King Institute of Preventive Medicine Micro-Biological Section reports 1909-11
Year: 1909
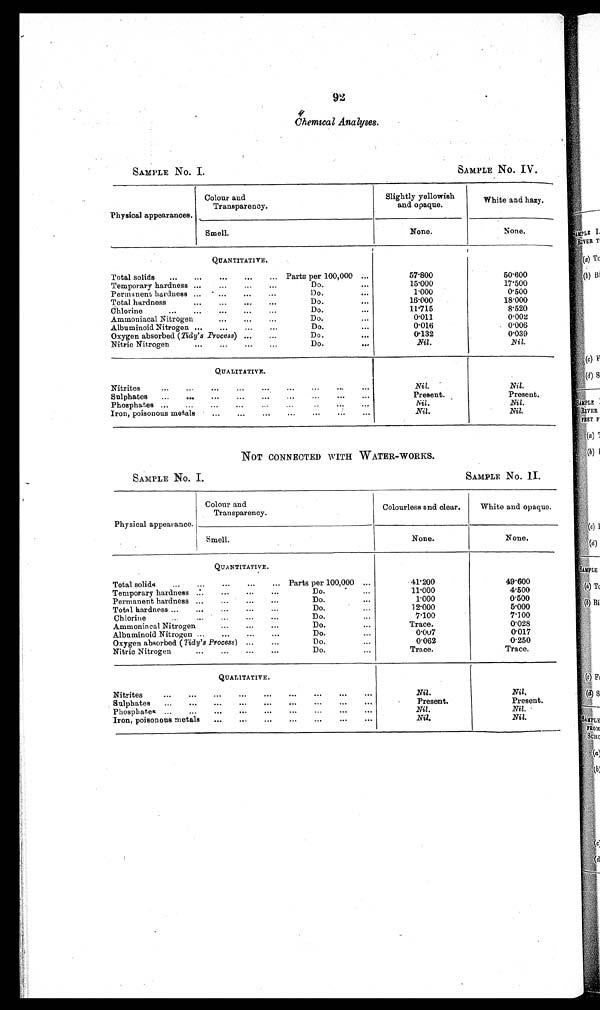
SAMPLE No. I.
SAMPLE No. IV.
SAMPLE No. I.
SAMPLE No. II.
92
Chemical Analyses.
Physical appearances.
Colour and
Transparency.
Slightly yellowish
and opaque.
White and hazy.
None.
None.
Smell.
QUANTITATIVE.
Total solids
...
...
...
...
... Parts per 100,000 ...
57.800
50.600
Temporary hardness ...
...
...
...
Do.
...
15.000
17.500
Permanent hardness ... . ... ... ...
Do.
...
1.000
0.500
Total hardness
...
...
..
...
Do.
16.000
18.000
Chlorine
...
...
...
...
...
Do.
...
11.715
8.520
Ammoniacal Nitrogen
...
...
...
Do.
...
0.011
0.002
Albuminoid Nitrogen ...
...
...
...
Do.
...
0.016
0.006
Oxygen absorbed ( Tidy's Process) ...
...
Do.
...
0.132
0.039
Nitric Nitrogen.
...
...
...
Do.
...
Nil.
Nil.
QUALITATIVE.
Nitrites
...
...
...
...
...
...
...
...
Nil.
Nil.
Sulphates
...
...
...
...
...
...
...
...
...
Present.
Present.
Phosphates ...
...
...
...
...
...
..
...
...
Nil.
Nil.
Iron, poisonous metals ...
...
...
...
...
...
...
Nil.
Nil.
NOT CONNECTED WITH WATER-WORKS.
Physical appearance.
Colour and
Transparency.
Colourless and clear.
White and opaque.
Smell.
None.
None.
QUANTITATIVE.
Total solids
...
...
...
...
... Parts per 100,000 ...
41.200
49.600
Temporary hardness ...
...
...
...
Do.
...
11.000
4.500
Permanent hardness ...
...
...
...
Do.
...
1.000
0.500
Total hardness ...
...
...
...
...
Do.
12.000
5.000
Chlorine
... ... ... ... ...
Do....
7.100
7.100
Ammoniacal Nitrogen
...
...
...
Do.
...
Trace.
0.028
Albaminoid Nitrogen ...
...
...
...
Do.
...
0.007
0.017
Oxygen absorbed ( Tidy's Process ) ...
...
Do.
0.062
0.250
Nitric Nitrogen
...
...
...
...
Do.
...
Trace.
Trace.
QUALITATIVE.
Nitrites
...
...
...
...
...
...
...
...
...
Nil.
Nil,
Sulphates
...
...
...
...
...
...
...
...
...
Present.
Present.
Phosphates ... ... ... ... ... ... ... ... ...
Nil.
Nil.
Iron, poisonous metals ... ... ... ... ... ... ...
Nil.
Nil.